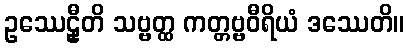
ဥဿေဠှီတိ သဗ္ဗတ္ထ ကတ္တဗ္ဗဝီရိယံ ဒဿေတိ။